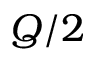
Q / 2